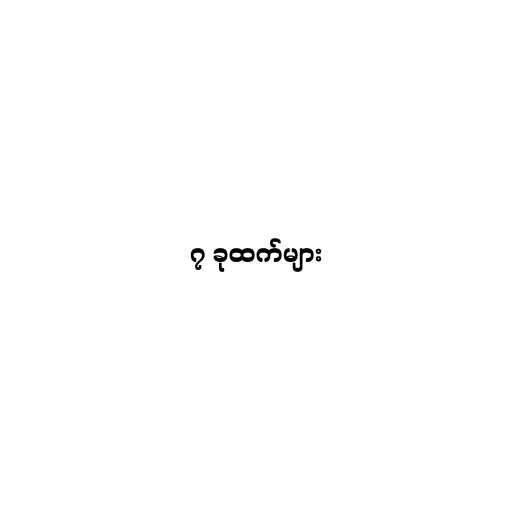
၇ ခုထက်များ